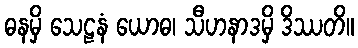
ဓနမှိ သေဠနံ ယောဓ၊ သီဟနာဒမှိ ဒိဿတိ။